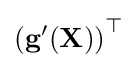
\left(\mathbf {g} '(\mathbf {X} )\right)^{\top }